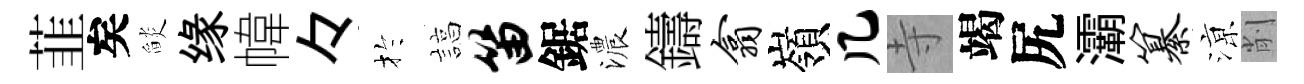
韮矣𦦨缘幃々扵諄笛鋸濃鑄翕嶺几寺竭尻灞纂鿌削